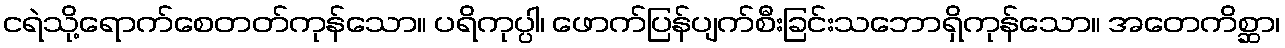
ငရဲသို့ရောက်စေတတ်ကုန်သော။ ပရိကုပ္ပါ၊ ဖောက်ပြန်ပျက်စီးခြင်းသဘောရှိကုန်သော။ အတေကိစ္ဆာ၊